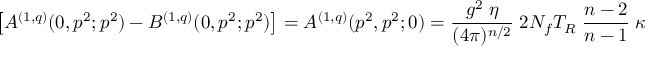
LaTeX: \left[ A ^ { ( 1 , q ) } ( 0 , p ^ { 2 } ; p ^ { 2 } ) - B ^ { ( 1 , q ) } ( 0 , p ^ { 2 } ; p ^ { 2 } ) \right] = A ^ { ( 1 , q ) } ( p ^ { 2 } , p ^ { 2 } ; 0 ) = \frac { g ^ { 2 } \; \eta } { ( 4 \pi ) ^ { n / 2 } } \; 2 N _ { f } T _ { R } \; \frac { n - 2 } { n - 1 } \; \kappa ,